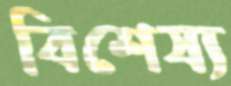
বিশেষ্য